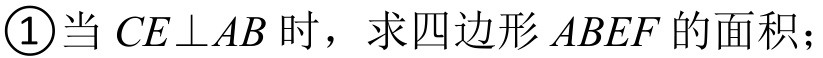
\textcircled{1}当 \(CE\perp AB\) 时，求四边形 \(ABEF\) 的面积；